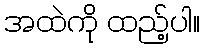
အထဲကို ထည့်ပါ။